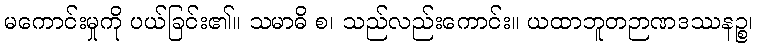
မကောင်းမှုကို ပယ်ခြင်း၏။ သမာဓိ စ၊ သည်လည်းကောင်း။ ယထာဘူတဉာဏဒဿနဉ္စ၊